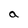
Character: a